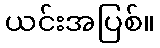
ယင်းအပြစ်။